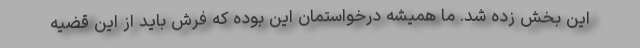
این بخش زده شد. ما همیشه درخواستمان این بوده که فرش باید از این قضیه